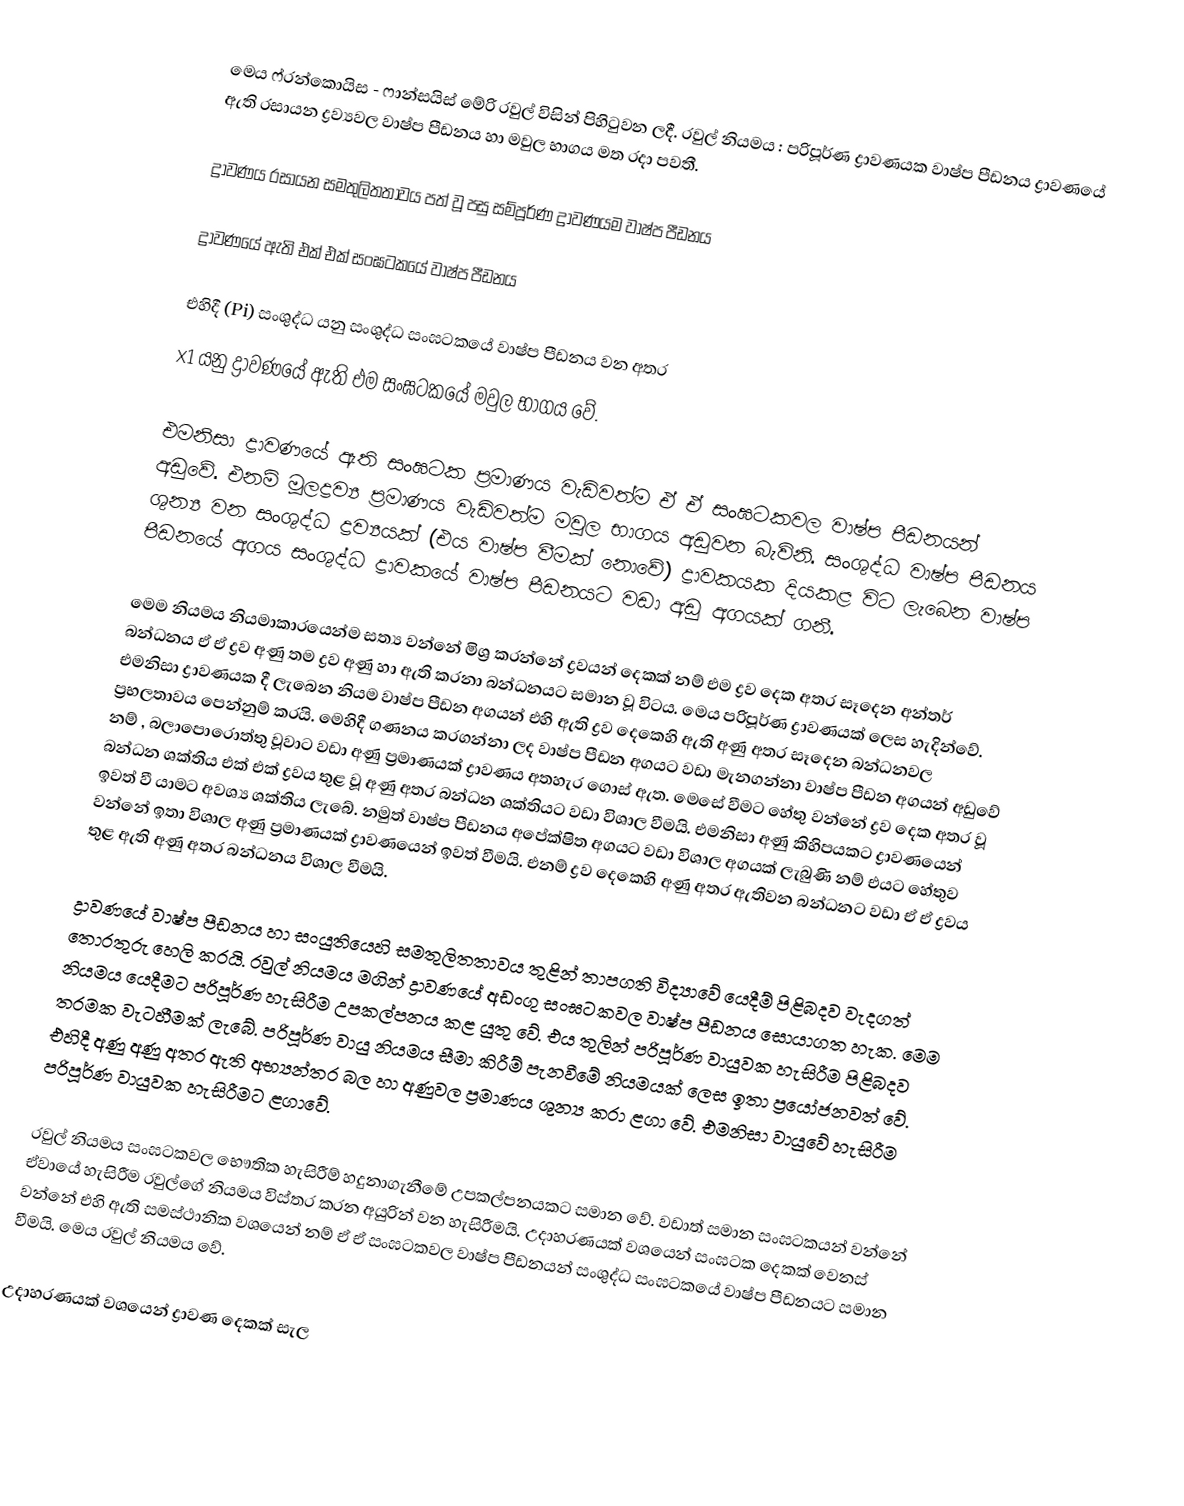
මෙය ෆ්රන්කොයිස - ‍ෆාන්සයිස් මේරි රවුල් විසින් පිහිටුවන ලදී. රවුල් නියමය : පරිපූර්ණ ද්‍රාවණයක වාෂ්ප පීඩනය ද්‍රාවණයේ ඇති රසායන ද්‍රව්‍යවල වාෂ්ප පීඩනය හා ‍මවුල භාගය මත රදා පවතී.

ද්‍රාවණය රසායන සමතුලිතතාවය පත් වූ පසු සම්පූර්ණ ද්‍රාවණයම වාෂ්ප පීඩනය

ද්‍රාවණයේ ඇති එක් එක් සංඝටකයේ වාෂ්ප පීඩනය

එහිදී (Pi) සංශුද්ධ යනු සංශුද්ධ සංඝටකයේ වාෂ්ප පීඩනය වන අතර
x1 යනු ද්‍රාවණයේ ඇති එම සංඝටකයේ මවුල භාගය වේ.

එමනිසා ද්‍රාවණයේ ඇති සංඝටක ප්‍රමාණය වැඩිවත්ම ඒ ඒ සංඝටකවල වාෂ්ප පීඩනයන් අඩුවේ. එනම් මූලද්‍රව්‍ය ප්‍රමාණය වැඩිවත්ම මවුල භාගය අඩුවන බැවිනි. සංශුද්ධ වාෂ්ප පීඩනය ශුන්‍ය වන සංශුද්ධ ද්‍රව්‍යයක් (එය වාෂ්ප වීමක් නොවේ) ද්‍රාවකයක දියකළ විට ලැබෙන වාෂ්ප පීඩනයේ අගය සංශුද්ධ ද්‍රාවකයේ වාෂ්ප පීඩනයට වඩා අඩු අගයක් ගනී.‍

මෙම නියමය නියමාකාරයෙන්ම සත්‍ය වන්නේ මිශ්‍ර කරන්නේ ද්‍රවයන් දෙකක් නම් එම ද්‍රව දෙක අතර සෑදෙන අන්තර් බන්ධනය ඒ ඒ ද්‍රව අණු තම ද්‍රව අණු හා ඇති කරනා බන්ධනයට සමාන වූ විටය. මෙය පරිපූර්ණ ද්‍රාවණයක් ලෙස හැදින්වේ. එමනිසා ද්‍රාවණයක දී ලැබෙන නියම වාෂ්ප පීඩන අගයන් එහි ඇති ද්‍රව දෙකෙහි ඇති අණු අතර සෑදෙන බන්ධනවල ප්‍රභලතාවය පෙන්නුම් කරයි. මෙහිදී ගණනය කරගන්නා ලද වාෂ්ප පීඩන අගයට වඩා මැනගන්නා වාෂ්ප පීඩන අගයන් අඩුවේ නම් , බලාපොරොත්තු වූවාට වඩා අණු ප්‍රමාණයක් ද්‍රාවණය අතහැර ගොස් ඇත. මෙසේ වීමට හේතු වන්නේ ද්‍රව දෙක අතර වූ බන්ධන ශක්තිය එක් එක් ද්‍රවය තුළ වූ අණු අතර බන්ධන ශක්තියට වඩා විශාල වීමයි. එමනිසා අණු කිහිපයකට ද්‍රාවණයෙන් ඉවත් වී යාමට අවශ්‍ය ශක්තිය ලැබේ. නමුත් වාෂ්ප පීඩනය අපේක්ෂිත අගයට වඩා විශාල අගයක් ලැබුණි නම් එයට හේතුව වන්නේ ඉතා විශාල අණු ප්‍රමාණයක් ද්‍රාවණයෙන් ඉවත් වීමයි. එනම් ද්‍රව දෙකෙහි අණු අතර ඇතිවන බන්ධනට වඩා ඒ ඒ ද්‍රවය තුළ ඇති අණු අතර බන්ධනය විශාල වීමයි.

ද්‍රාවණයේ වාෂ්ප පීඩනය හා සංයුතියෙහි සමතුලිතතාවය තුළින් තාපගති විද්‍යාවේ යෙදීම් පිළිබදව වැදගත් තොරතුරු හෙලි කරයි. රවුල් නියමය මගින් ද්‍රාවණයේ අඩංගු සංඝටකවල වාෂ්ප පීඩනය සොයාගත හැක. මෙම නියමය යෙදීමට පරිපූර්ණ හැසිරීම උපකල්පනය කළ යුතු වේ. එය තුලින් පරිපූර්ණ වායුවක හැසිරීම පිළිබදව තරමක වැටහීමක් ලැබේ. පරිපූර්ණ වායු නියමය සීමා කිරීම් පැනවීමේ නියමයක් ලෙස ඉතා ප්‍රයෝජනවත් වේ. එහිදී අණු අණු අතර ඇති අභ්‍යන්තර බල හා අණුවල ප්‍රමාණය ශුන්‍ය කරා ළගා වේ. එමනිසා වායුවේ හැසිරීම පරිපූර්ණ වායුවක හැසිරීමට ළගාවේ.

රවුල් නියමය සංඝටකවල භෞතික හැසිරීම් හදුනාගැනීමේ උපකල්පනයකට සමාන වේ. වඩාත් සමාන සංඝටකයන් වන්නේ ඒවායේ හැසිරීම රවුල්ගේ නියමය විස්තර කරන අයුරින් වන හැසිරීමයි. උදාහරණයක් වශයෙන් සංඝටක දෙකක් වෙනස් වන්නේ එහි ඇති සමස්ථානික වශයෙන් නම් ඒ ඒ සංඝටකවල වාෂ්ප පීඩනයන් සංශුද්ධ සංඝටකයේ වාෂ්ප පීඩනයට සමාන වීමයි. මෙය රවුල් නියමය වේ.

උදාහරණයක් වශයෙන් ද්‍රාවණ දෙකක් සැල